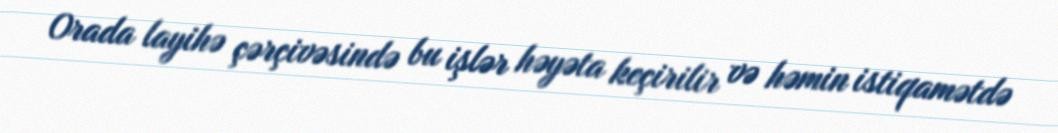
Orada layihə çərçivəsində bu işlər həyəta keçirilir və həmin istiqamətdə